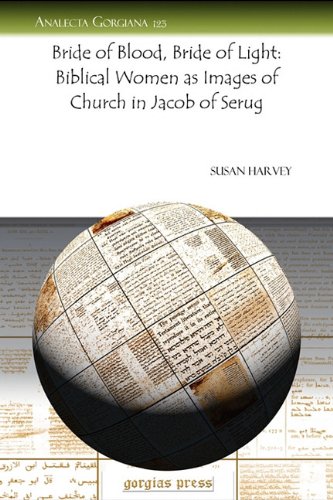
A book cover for Bride of Blood, Bride of Light: Biblical Women as Images of Church in Jacob of Serug (Analecta Gorgiana); Susan Harvey; Christian Books & Bibles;